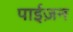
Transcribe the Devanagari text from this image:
पाईज़न